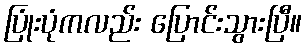
ပြုံးပုံကလည်း ပြောင်းသွားပြီ။